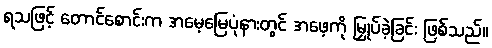
ရသဖြင့် တောင်စောင်းက အမေ့မြေပုံနားတွင် အဖေ့ကို မြှုပ်ခဲ့ခြင်း ဖြစ်သည်။